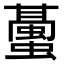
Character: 𧒤